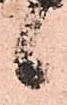
候